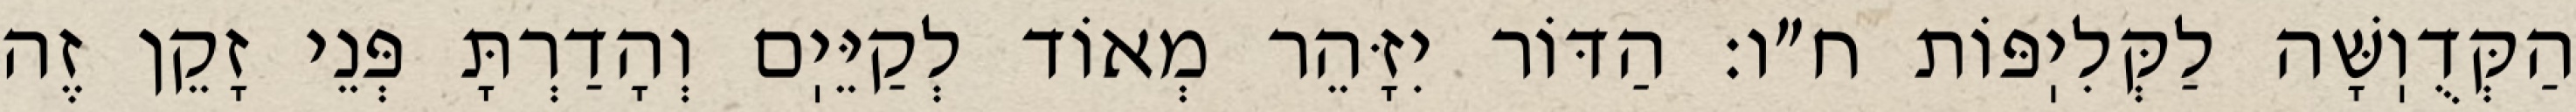
הַקְּדֻוֽשָּׁה לַקְּלִיֽפּוֹת ח״ו: הַדּוֹר יִזָּהֵר מְאוֹד לְקַיֵּיֽם וְהָדַרְתָּ פְּנֵי זָקֵן זֶה